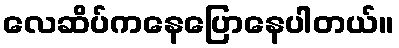
လေဆိပ်ကနေပြောနေပါတယ်။